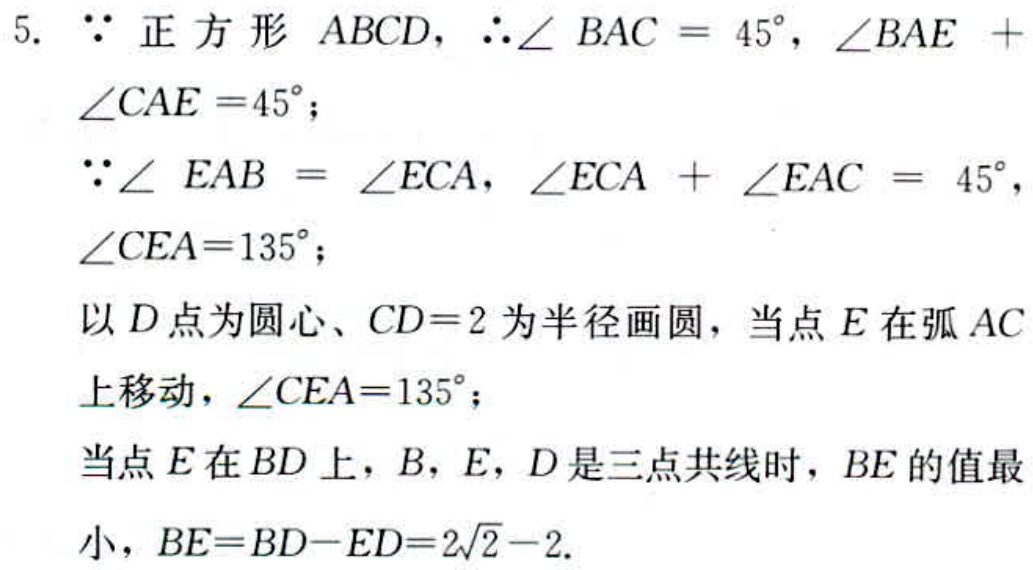
5. 因为正方形 \(ABCD\)，所以\(\angle BAC = 45^{\circ}\)，\(\angle BAE+\angle CAE = 45^{\circ}\)；
因为\(\angle EAB=\angle ECA\)，\(\angle ECA+\angle EAC = 45^{\circ}\)，\(\angle CEA = 135^{\circ}\)；
以 \(D\) 点为圆心、\(CD = 2\) 为半径画圆，当点 \(E\) 在弧 \(AC\) 上移动，\(\angle CEA = 135^{\circ}\)；
当点 \(E\) 在 \(BD\) 上，\(B\)，\(E\)，\(D\) 是三点共线时，\(BE\) 的值最小，\(BE=BD - ED=2\sqrt{2}-2\).